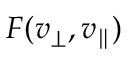
F ( v _ { \perp } , v _ { \parallel } )